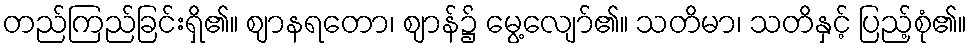
တည်ကြည်ခြင်းရှိ၏။ ဈာနရတော၊ ဈာန်၌ မွေ့လျော်၏။ သတိမာ၊ သတိနှင့် ပြည့်စုံ၏။